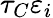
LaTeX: \tau_{C}\varepsilon_{i}